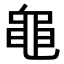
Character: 𪓑